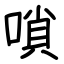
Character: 嗩